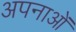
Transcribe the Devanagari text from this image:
अपनाओं